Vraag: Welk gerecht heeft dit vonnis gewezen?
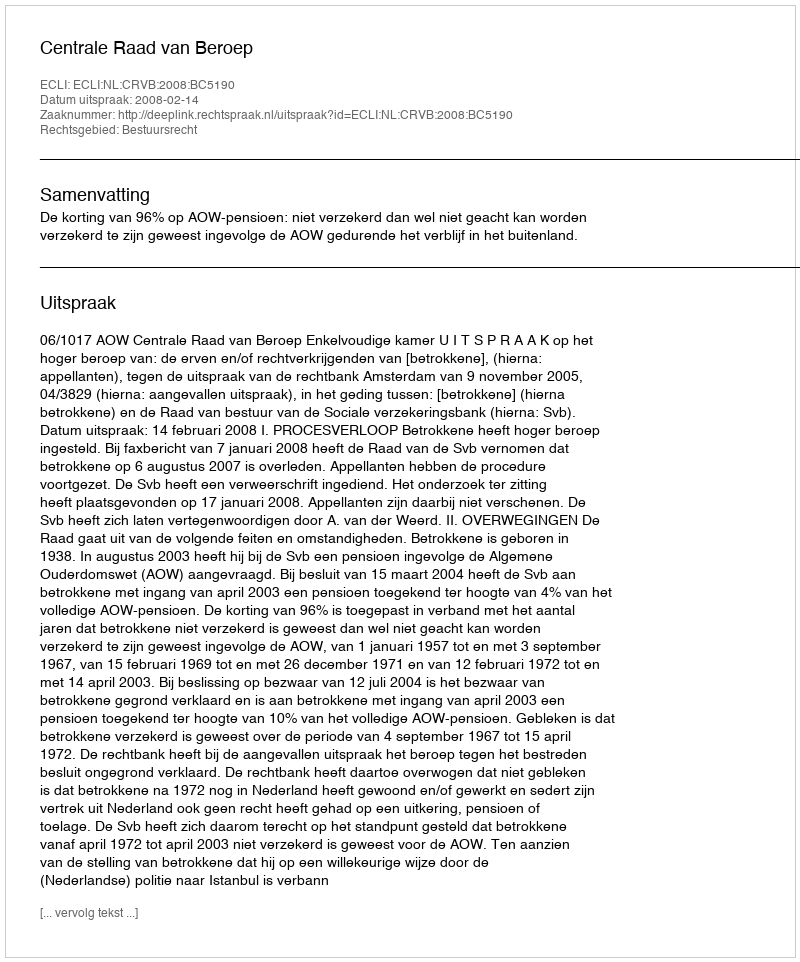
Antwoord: Centrale Raad van Beroep